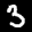
Label: 3